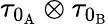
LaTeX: \tau_{0_{\mathrm{A}}}\otimes\tau_{0_{\mathrm{B}}}